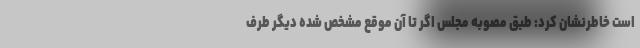
است خاطرنشان کرد: طبق مصوبه مجلس اگر تا آن موقع مشخص شده دیگر طرف